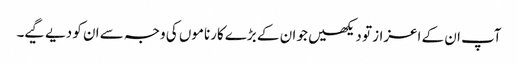
آپ ان کے اعزاز تو دیکھیں جو ان کے بڑے کارناموں کی وجہ سے ان کو دیے گیے۔